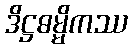
ဒိဋ္ဌဓမ္မိကဿ